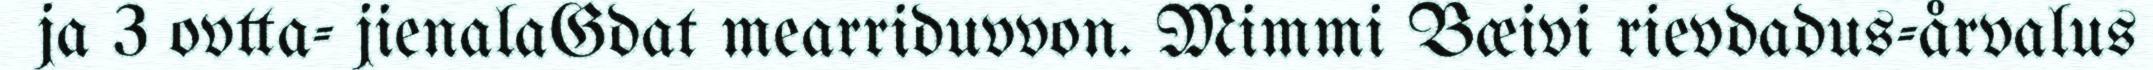
ja 3 ovtta- jienalaGdat mearriduvvon. Mimmi Bæivi rievdadus-årvalus